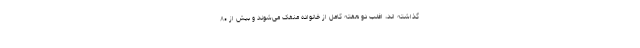
گذاشته اند، اغلب دو هفته کامل از خانواده منفک می‌شوند و بیش از ۸۰